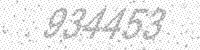
Solution: 934453